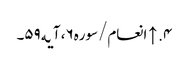
۴. ↑ انعام/سوره۶، آیه۵۹۔